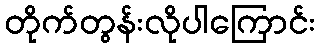
တိုက်တွန်းလိုပါကြောင်း